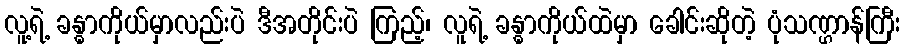
လူ့ရဲ့ ခန္ဓာကိုယ်မှာလည်းပဲ ဒီအတိုင်းပဲ ကြည့်၊ လူရဲ့ ခန္ဓာကိုယ်ထဲမှာ ခေါင်းဆိုတဲ့ ပုံသဏ္ဌာန်ကြီး